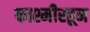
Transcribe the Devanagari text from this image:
काश्मीरहून